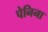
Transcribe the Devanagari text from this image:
पेनिना